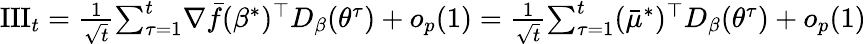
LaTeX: \begin{array}{r}{{\mathrm{{III}}}_{t}=\frac{1}{\sqrt t}{\sum_{\tau=1}^{t}}\nabla{\bar{f}}(\beta^{*})^{\top}D_{\beta}({\theta^{\tau}})+o_{p}(1)=\frac{1}{\sqrt t}{\sum_{\tau=1}^{t}}({\bar{\mu}^{*}})^{\top}D_{\beta}({\theta^{\tau}})+o_{p}(1)}\end{array}